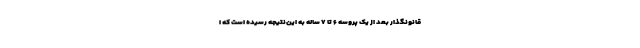
قانونگذار بعد از یک پروسه ۶ تا ۷ ساله به این‌نتیجه رسیده است که ا